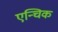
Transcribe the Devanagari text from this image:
एन्चिक